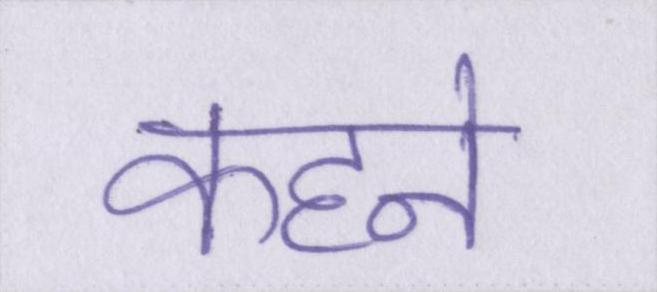
कहने